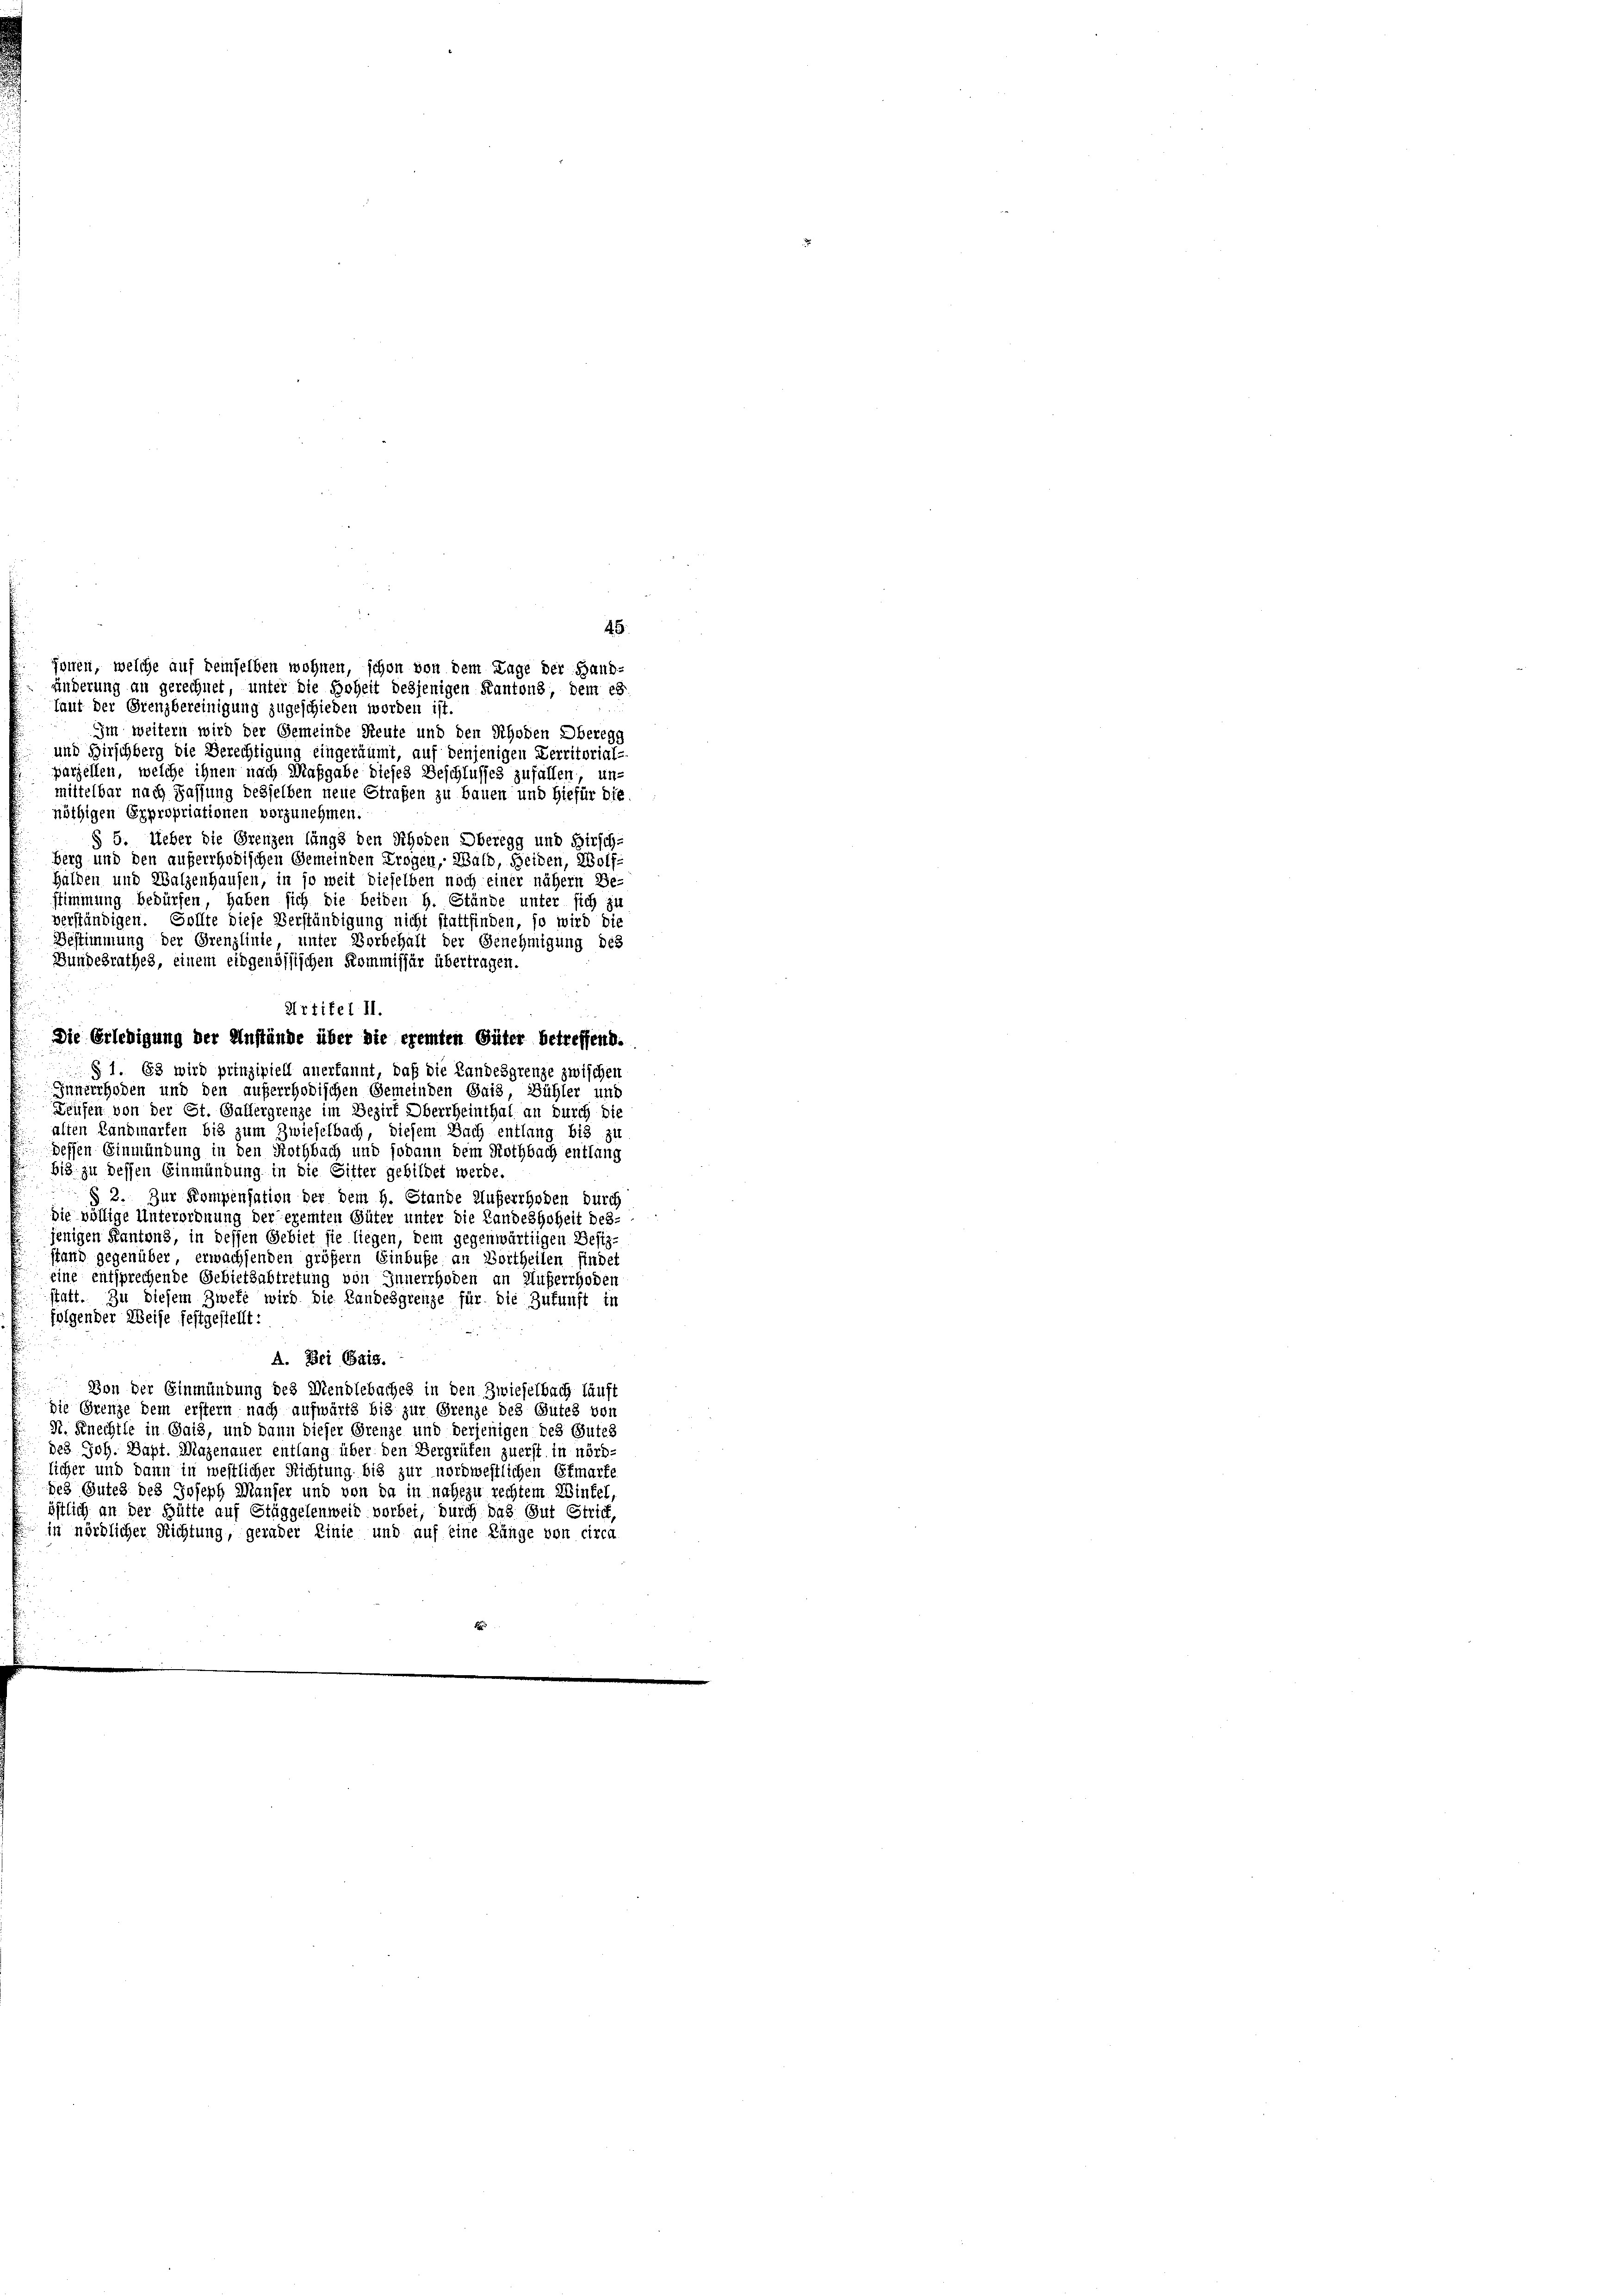
45.
Ihnen, welche auf keinselben wohnen, schon von dem Lage der Hand
änderung an gerechnet, unter die Hoheit desjenigen Kantons, dem es
Taut der Grenzbereinigung zugeschieden worden ist

Im weitern wird der Gemeinde Reute und den Rhoden Oberegg
und Hirschberg die Berechtigung eingeräumt, auf denjenigen Verritorial-
parzellen, welche ihnen nach Maßgabe dieses Beschlusses zufällen, unmittelbar nach Fassung desselben neue Strafen zu bauen und hiefür die
nöthigen Expropriationen vorzunehmen
§ 5. Ueber die Grenzen längs den Rhoden Oberegg und Hirsch-
berg und den auferrhodischen Gemeinden Trogen, Wald, Heiden, Wolf-
Halden und Walzenhausen, in so weit dieselben noch einer nähern Be-
stimmung bedürfen, haben sich die beiden H. Stände unter sich zu
verständigen. Sollte diese Verständigung nicht stattfinden, so wird die
Bestimmung der Grenzlinie unter Vorbehalt der Genehmigung des
Bundesrathes, einem eidgenössischen Kommissär übertragen.
Artifel II.
Die Erledigung der Anstände über die ereiten Güter betreffend.
§ 1. 63 wird prinzipiell anerkannt, daß die Landesgrenze zwischen
Innerrhoden und den auferrhodischen Gemeinden Gais, Bühler und
Teufen von der St. Gallergrenze im Bezirt Oberrheinthal an durch die
alten Landmarten bis zum Zwieselbach, diesem Sach entlang bis zu
dessen Einmündung in den Rothbach und sodann dem Nothbach entlang
bis zu dessen Einmündung in die Sitter gebildet werde.
§ 2. Zur Kompensation der dem H. Stande Auferrhoden durch
die völlige Unterordnung der ereiten Güter unter die Landeshoheit des-
jenigen Kantons, in dessen Gebiet sie liegen, dem gegenwärtigen Besiz-
tand gegenüber, erwachsenden größer Einbuße an Vortheilen findet
eine entsprechende Gebietsabtretung von Innerrhoden an Auferrhoden
statt. Zu diesem Zweke wird die Landesgrenze für die Zukunft in
folgender Weise festgestellt:
A. Bei Gais.
n
Von der Einmündung des Mendlebaches in den Zwieselbach läuft
die Grenze dem erstern nach aufwärts bis zur Grenze des Gutes von
M. Knechtle in Gais, und dann dieser Grenze und derjenigen des Gutes
de3 Joh. Bapt. Magenauer entlang über den Bergrüfen zuerst in nörd-
licher und dann in westlicher Richtung bis zur nordwestlichen Efmarke
des Gutes des Joseph Manser und von da in nahezu rechtem Wintel,
östlich an der Hütte auf Stäggelenweil vorbei, durch das Gut Strict,
in nördlicher Richtung, gerader Einie und auf eine Länge von circa
e